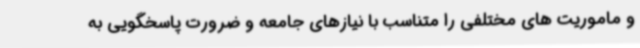
و ماموریت های مختلفی را متناسب با نیازهای جامعه و ضرورت پاسخگویی به